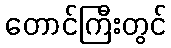
တောင်ကြီးတွင်